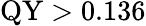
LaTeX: \mathrm{QY}>0.136